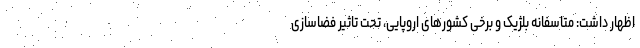
اظهار داشت: متاسفانه بلژیک و برخی کشورهای اروپایی، تحت تاثیر فضاسازی